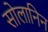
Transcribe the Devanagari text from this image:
सोलानिन